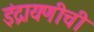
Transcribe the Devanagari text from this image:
इंद्रायणीची